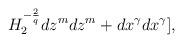
LaTeX: \begin{align*}H_{2}^{-\frac{2}{q}}dz^{m}dz^{m}+ dx^{\gamma}dx^{\gamma}], \end{align*}